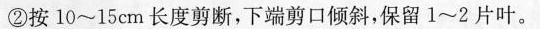
②按10~15cm长度剪断，下端剪口倾斜，保留1~2片叶。